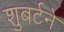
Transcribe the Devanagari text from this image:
शुबर्टने